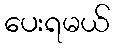
ပေးရမယ်